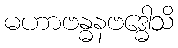
မဟာဗန္ဓနဗဒ္ဓေါသိ